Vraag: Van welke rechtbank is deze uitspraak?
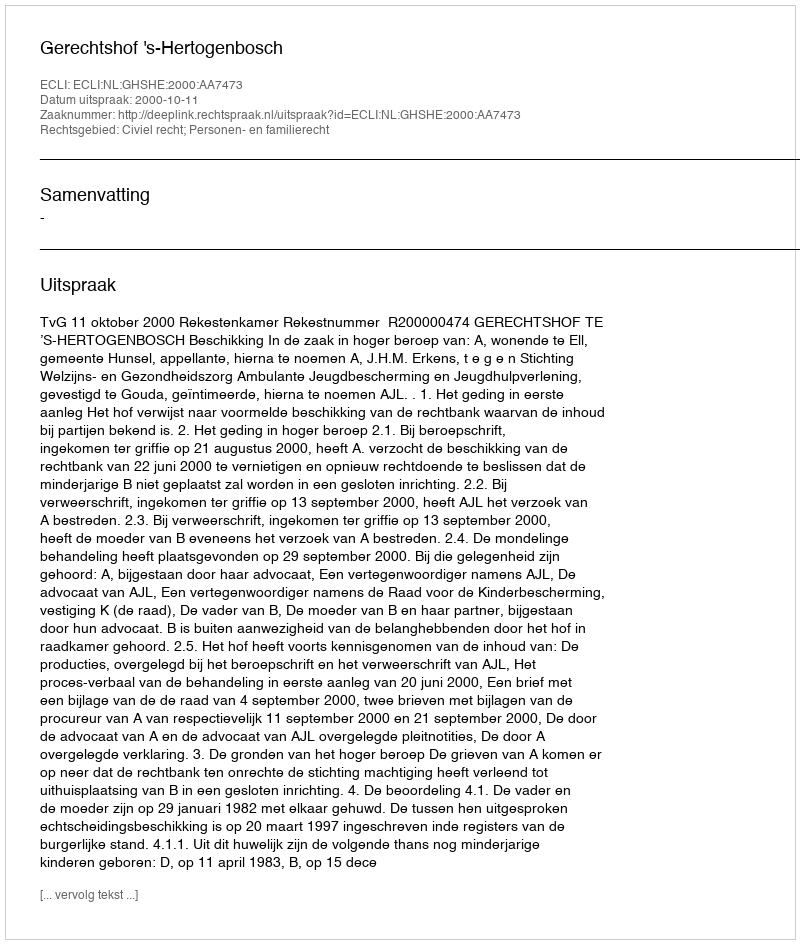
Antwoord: Gerechtshof 's-Hertogenbosch